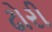
ઢોરી